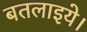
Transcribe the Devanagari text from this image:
बतलाइये।